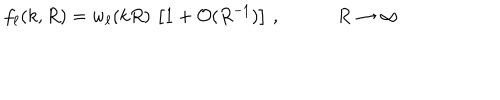
f _ { \ell } ( k , R ) = w _ { \ell } ( k R ) \, \left[ 1 + \mathcal { O } ( R ^ { - 1 } ) \right] \, , \qquad \quad R \to \infty